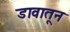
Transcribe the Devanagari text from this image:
डावातून